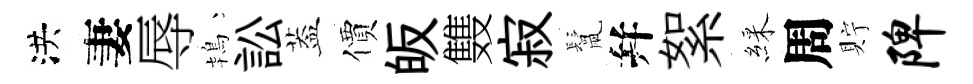
洪妻辱鴇訟葢價皈䨇寂鬛幷絮綵周貯陴